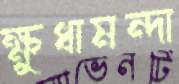
ক্ষুধামন্দা